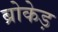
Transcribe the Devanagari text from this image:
ब्रोकेड़